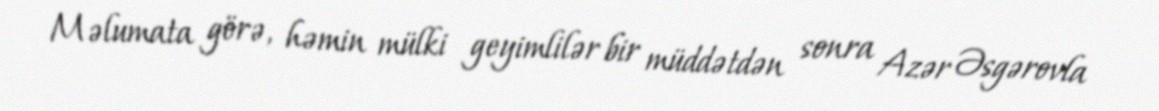
Məlumata görə, həmin mülki geyimlilər bir müddətdən sonra Azər Əsgərovla